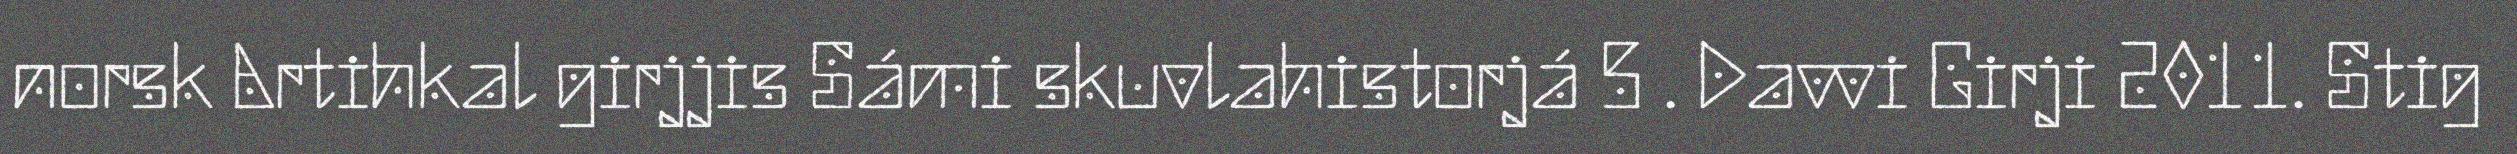
norsk Artihkal girjjis Sámi skuvlahistorjá 5 . Davvi Girji 2011. Stig